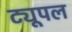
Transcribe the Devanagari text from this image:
ट्यूपल